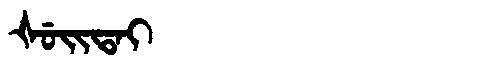
Manchu: ᡧᡠᡳᡨᠠᡳ
Romanization: ŠUITAI